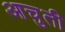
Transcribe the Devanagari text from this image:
आचुती